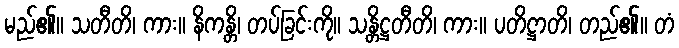
မည်၏။ သတီတိ၊ ကား။ နိကန္တိ၊ တပ်ခြင်းကို။ သန္တိဋ္ဌတီတိ၊ ကား။ ပတိဋ္ဌာတိ၊ တည်၏။ တံ